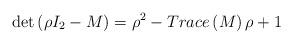
LaTeX: \begin{align*}\det \left( \mathbb{\rho }I_{2}-M\right) =\mathbb{\rho }^{2}-Trace\left(M\right) \mathbb{\rho }+1 \end{align*}